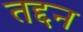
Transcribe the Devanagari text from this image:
तद्दन